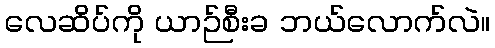
လေဆိပ်ကို ယာဉ်စီးခ ဘယ်လောက်လဲ။